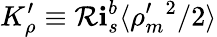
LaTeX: K_{\rho}^{\prime}\equiv\mathcal{R}\mathbf{i}_{s}^{b}\langle\rho_{m}^{\prime}{}^{2}/2\rangle